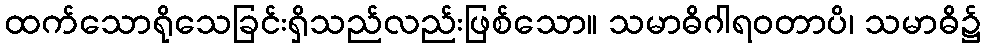
ထက်သောရိုသေခြင်းရှိသည်လည်းဖြစ်သော။ သမာဓိဂါရဝတာပိ၊ သမာဓိ၌